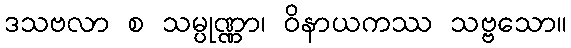
ဒသဗလာ စ သမ္ပုဏ္ဏာ၊ ဝိနာယကဿ သဗ္ဗသော။